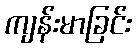
ကျန်းမာခြင်း